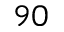
^ { 9 0 }